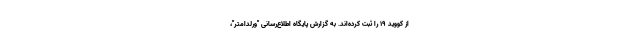
از کووید ۱۹ را ثبت کرده‌اند. به گزارش پایگاه اطلاع‌رسانی "ورلداُمتر"،